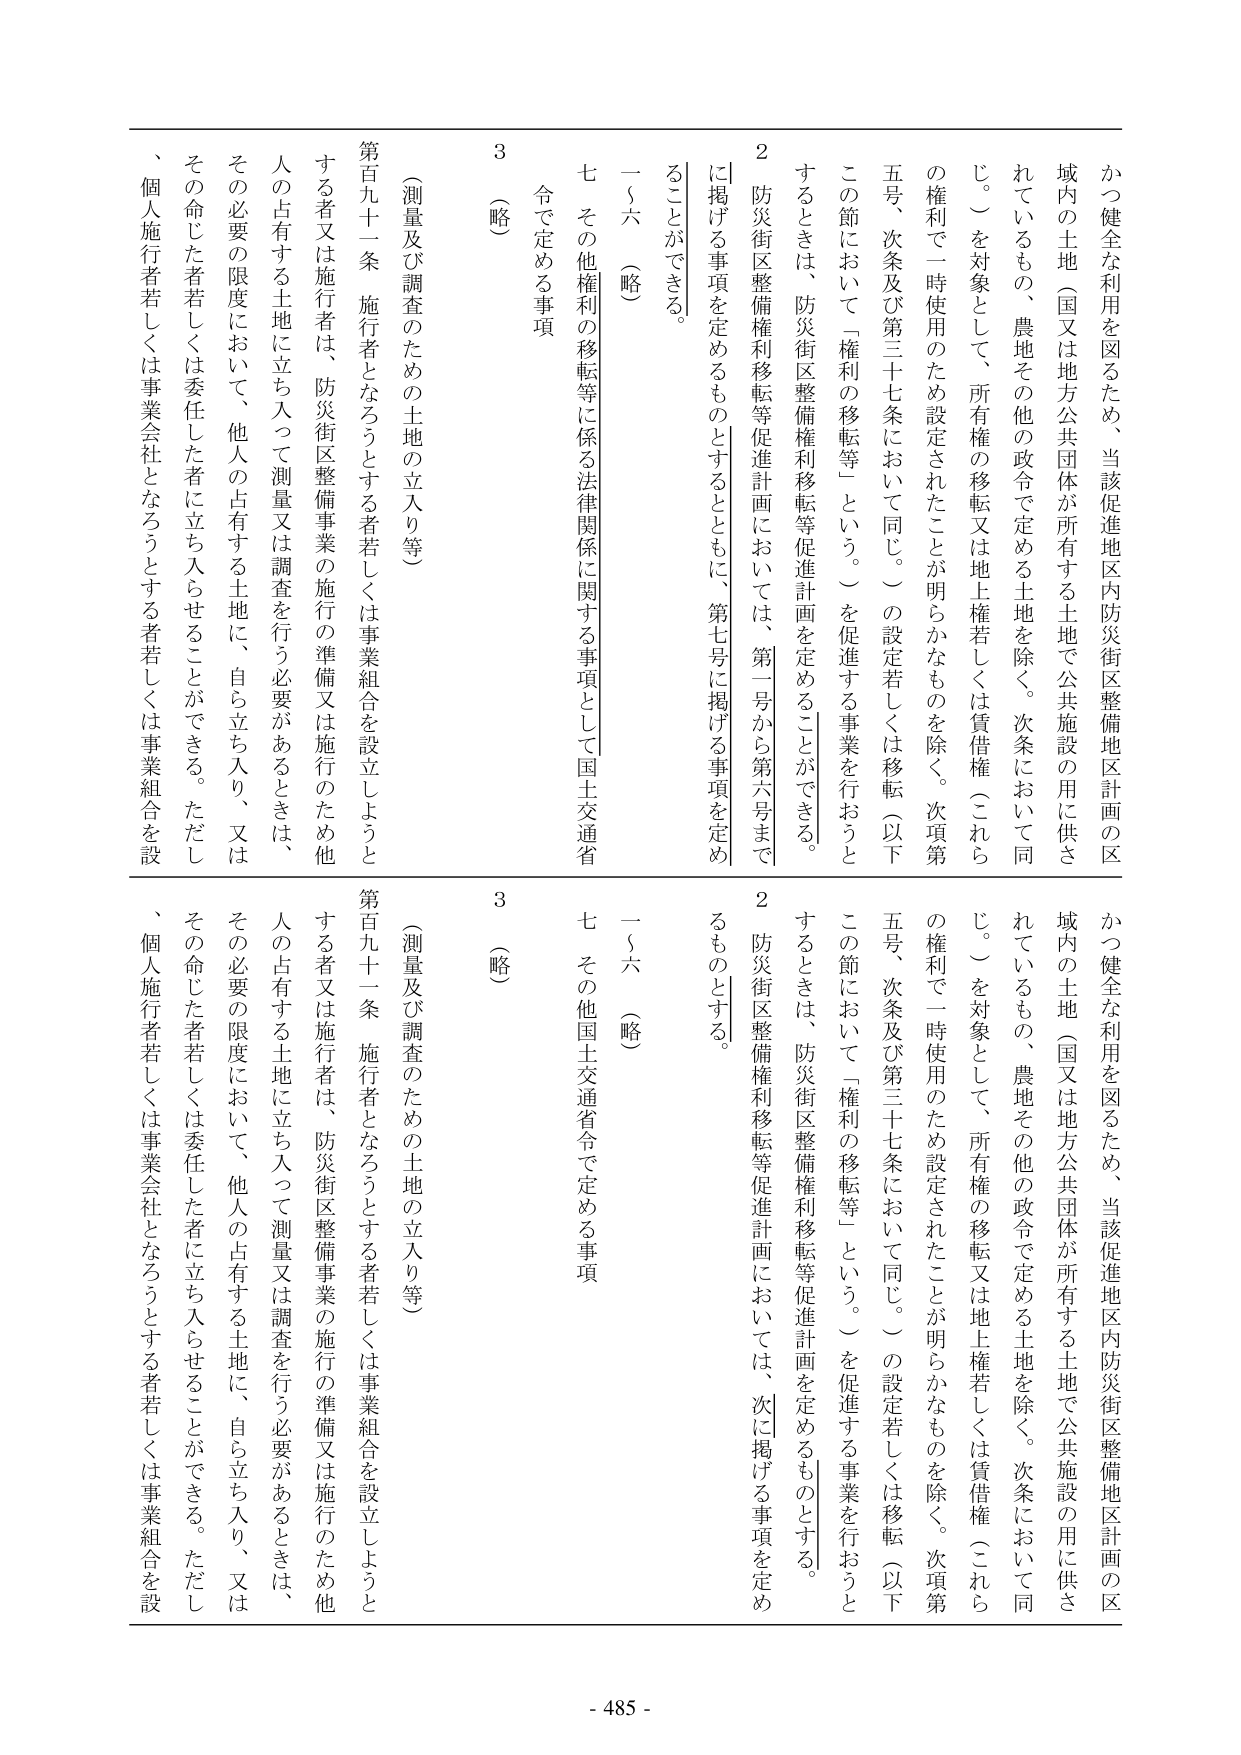
かつ健全な利用を図るため、当該促進地区内防災街区整備地区計画の区域内の土地（国又は地方公共団体が所有する土地で公共施設の用に供されているもの、農地その他の政令で定める土地を除く。次条において同じ。）を対象として、所有権の移転又は地上権若しくは賃借権（これら の権利で一時使用のため設定されたことが明らかなもの を除く。次項第五号、次条及び第三十七条において同じ。）の設定若しくは移転（以下この節において「権利の移転等」という。）を促進する事業を行おうとするときは、防災街区整備権利移転等促進計画を定めることができる。

２　防災街区整備権利移転等促進計画においては、第一号から第六号までに掲げる事項を定めるものとするとともに、第七号に掲げる事項を定めることができる。

一～六　（略）

七　その他権利の移転等に係る法律関係に関する事項として国土交通省令で定める事項

３　（略）

（測量及び調査のための土地の立入り等）

第百九十一条　施行者となろうとする者若しくは事業組合を設立しようとする者又は施行者は、防災街区整備事業の施行の準備又は施行のため他人の占有する土地に立ち入って測量又は調査を行う必要があるときは、その必要の限度において、他人の占有する土地に、自ら立ち入り、又はその命じた者若しくは委任した者に立ち入らせることができる。ただし、個人施行者若しくは事業会社となろうとする者若しくは事業組合を設

かつ健全な利用を図るため、当該促進地区内防災街区整備地区計画の区域内の土地（国又は地方公共団体が所有する土地で公共施設の用に供されているもの、農地その他の政令で定める土地を除く。次条において同じ。）を対象として、所有権の移転又は地上権若しくは賃借権（これら の権利で一時使用のため設定されたことが明らかなもの を除く。次項第五号、次条及び第三十七条において同じ。）の設定若しくは移転（以下この節において「権利の移転等」という。）を促進する事業を行おうとするときは、防災街区整備権利移転等促進計画を定めるものとする。

２　防災街区整備権利移転等促進計画においては、次に掲げる事項を定めるものとする。

一～六　（略）

七　その他国土交通省令で定める事項

３　（略）

（測量及び調査のための土地の立入り等）

第百九十一条　施行者となろうとする者若しくは事業組合を設立しようとする者又は施行者は、防災街区整備事業の施行の準備又は施行のため他人の占有する土地に立ち入って測量又は調査を行う必要があるときは、その必要の限度において、他人の占有する土地に、自ら立ち入り、又はその命じた者若しくは委任した者に立ち入らせることができる。ただし、個人施行者若しくは事業会社となろうとする者若しくは事業組合を設

- 485 -